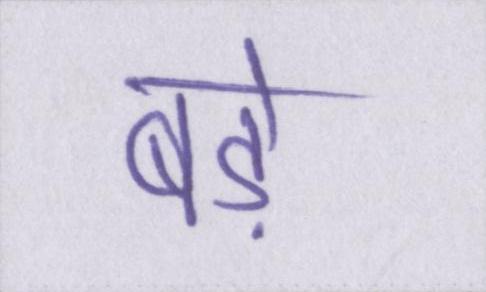
बडे़